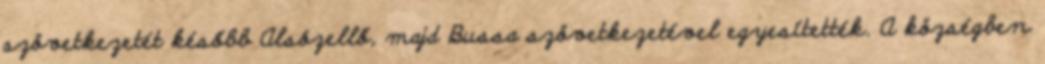
szövetkezetét később Alsózellő, majd Bussa szövetkezetével egyesítették. A községben